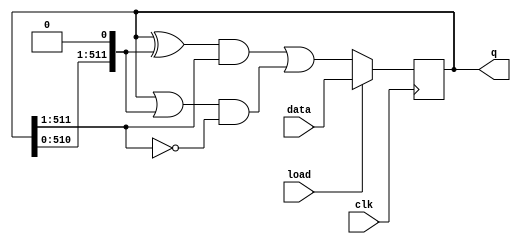
module top_module(
input clk,
input load,
input [511:0] data,
output [511:0] q
);
	always @(posedge clk) begin
		if (load) begin
			q <= data;
		end
		else begin
			q <= (((q[511:0] ^ {q[510:0], 1'b0}) & q[511:1]) | ((q[511:0] | {q[510:0], 1'b0}) & (~q[511:1])));
		end
	end
endmodule